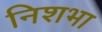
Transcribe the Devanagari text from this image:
निशभा